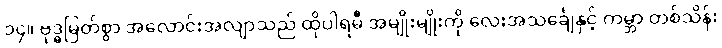
၁၄။ ဗုဒ္ဓမြတ်စွာ အလောင်းအလျာသည် ထိုပါရမီ အမျိုးမျိုးကို လေးအသင်္ချေနှင့် ကမ္ဘာ တစ်သိန်း